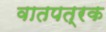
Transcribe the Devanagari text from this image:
वातपत्रक